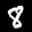
Label: 8